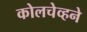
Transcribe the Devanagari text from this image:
कोलचेव्हने